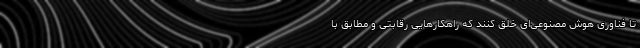
تا فناوری هوش مصنوعی‌ای خلق کنند که راهکارهایی رقابتی و مطابق با